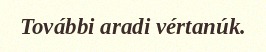
További aradi vértanúk.